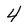
Character: 4